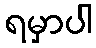
ရမှာပါ